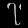
Digit: ၇